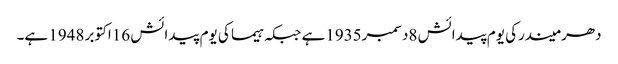
دھرمیندرکی یوم پیدائش 8دسمبر1935ہے جبکہ ہیما کی یوم پیدائش 16اکتوبر 1948 ہے۔